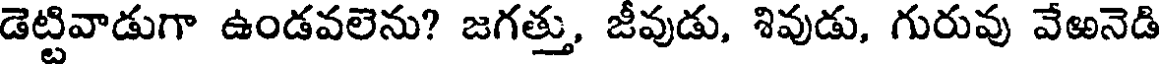
డెట్టివాడుగా ఉండవలెను? జగత్తు, జీవుడు, శివుడు, గురువు వేఱనెడి